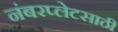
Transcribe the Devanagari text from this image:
नंबरप्लेटसाठी